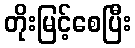
တိုးမြင့်စေပြီး